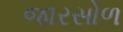
જારસોળ